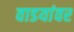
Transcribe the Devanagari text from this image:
वाडयांवर